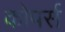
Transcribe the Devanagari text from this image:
कोपर्स